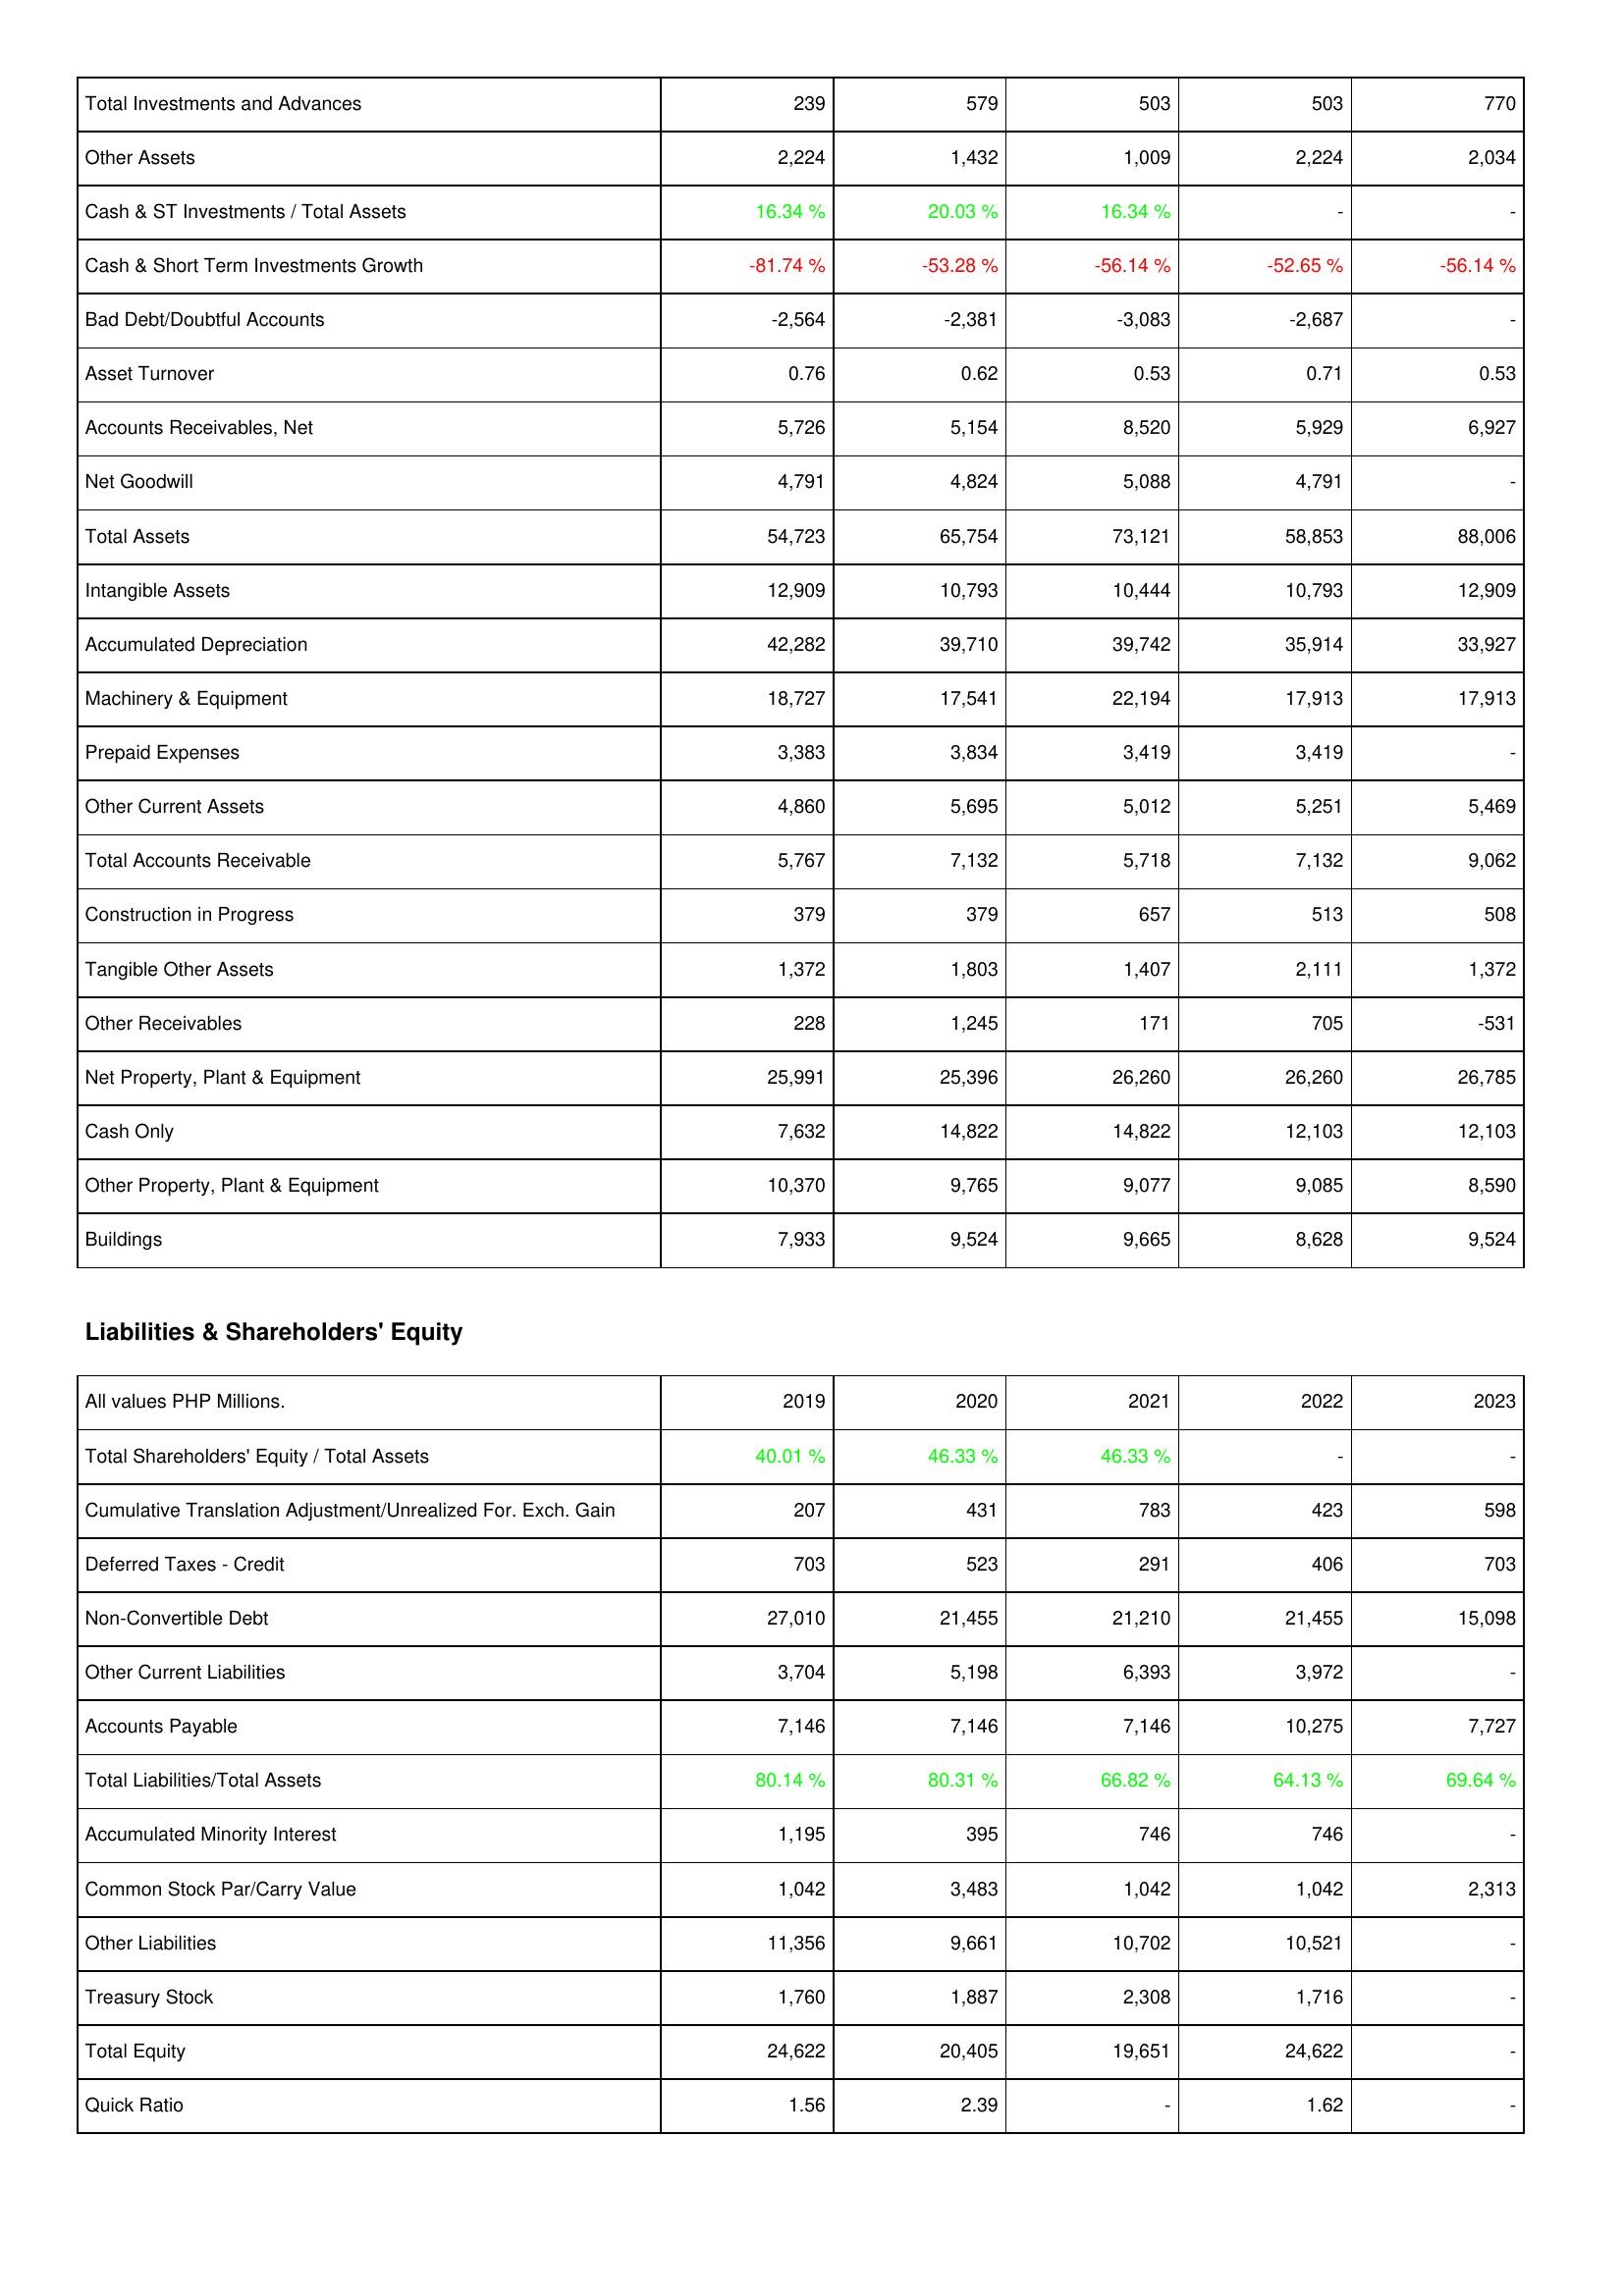
2019: Assets: Total Investments and Advances: 239
Other Assets: 2,224
Cash & ST Investments / Total Assets: 16.34 %
Cash & Short Term Investments Growth: -81.74 %
Bad Debt/Doubtful Accounts: -2,564
Asset Turnover: 0.76
Accounts Receivables, Net: 5,726
Net Goodwill: 4,791
Total Assets: 54,723
Intangible Assets: 12,909
Accumulated Depreciation: 42,282
Machinery & Equipment: 18,727
Prepaid Expenses: 3,383
Other Current Assets: 4,860
Total Accounts Receivable: 5,767
Construction in Progress: 379
Tangible Other Assets: 1,372
Other Receivables: 228
Net Property, Plant & Equipment: 25,991
Cash Only: 7,632
Other Property, Plant & Equipment: 10,370
Buildings: 7,933
Liabilities & Shareholders' Equity: Total Shareholders' Equity / Total Assets: 40.01 %
Cumulative Translation Adjustment/Unrealized For. Exch. Gain: 207
Deferred Taxes - Credit: 703
Non-Convertible Debt: 27,010
Other Current Liabilities: 3,704
Accounts Payable: 7,146
Total Liabilities/Total Assets: 80.14 %
Accumulated Minority Interest: 1,195
Common Stock Par/Carry Value: 1,042
Other Liabilities: 11,356
Treasury Stock: 1,760
Total Equity: 24,622
Quick Ratio: 1.56
2020: Assets: Total Investments and Advances: 579
Other Assets: 1,432
Cash & ST Investments / Total Assets: 20.03 %
Cash & Short Term Investments Growth: -53.28 %
Bad Debt/Doubtful Accounts: -2,381
Asset Turnover: 0.62
Accounts Receivables, Net: 5,154
Net Goodwill: 4,824
Total Assets: 65,754
Intangible Assets: 10,793
Accumulated Depreciation: 39,710
Machinery & Equipment: 17,541
Prepaid Expenses: 3,834
Other Current Assets: 5,695
Total Accounts Receivable: 7,132
Construction in Progress: 379
Tangible Other Assets: 1,803
Other Receivables: 1,245
Net Property, Plant & Equipment: 25,396
Cash Only: 14,822
Other Property, Plant & Equipment: 9,765
Buildings: 9,524
Liabilities & Shareholders' Equity: Total Shareholders' Equity / Total Assets: 46.33 %
Cumulative Translation Adjustment/Unrealized For. Exch. Gain: 431
Deferred Taxes - Credit: 523
Non-Convertible Debt: 21,455
Other Current Liabilities: 5,198
Accounts Payable: 7,146
Total Liabilities/Total Assets: 80.31 %
Accumulated Minority Interest: 395
Common Stock Par/Carry Value: 3,483
Other Liabilities: 9,661
Treasury Stock: 1,887
Total Equity: 20,405
Quick Ratio: 2.39
2021: Assets: Total Investments and Advances: 503
Other Assets: 1,009
Cash & ST Investments / Total Assets: 16.34 %
Cash & Short Term Investments Growth: -56.14 %
Bad Debt/Doubtful Accounts: -3,083
Asset Turnover: 0.53
Accounts Receivables, Net: 8,520
Net Goodwill: 5,088
Total Assets: 73,121
Intangible Assets: 10,444
Accumulated Depreciation: 39,742
Machinery & Equipment: 22,194
Prepaid Expenses: 3,419
Other Current Assets: 5,012
Total Accounts Receivable: 5,718
Construction in Progress: 657
Tangible Other Assets: 1,407
Other Receivables: 171
Net Property, Plant & Equipment: 26,260
Cash Only: 14,822
Other Property, Plant & Equipment: 9,077
Buildings: 9,665
Liabilities & Shareholders' Equity: Total Shareholders' Equity / Total Assets: 46.33 %
Cumulative Translation Adjustment/Unrealized For. Exch. Gain: 783
Deferred Taxes - Credit: 291
Non-Convertible Debt: 21,210
Other Current Liabilities: 6,393
Accounts Payable: 7,146
Total Liabilities/Total Assets: 66.82 %
Accumulated Minority Interest: 746
Common Stock Par/Carry Value: 1,042
Other Liabilities: 10,702
Treasury Stock: 2,308
Total Equity: 19,651
Quick Ratio: -
2022: Assets: Total Investments and Advances: 503
Other Assets: 2,224
Cash & ST Investments / Total Assets: -
Cash & Short Term Investments Growth: -52.65 %
Bad Debt/Doubtful Accounts: -2,687
Asset Turnover: 0.71
Accounts Receivables, Net: 5,929
Net Goodwill: 4,791
Total Assets: 58,853
Intangible Assets: 10,793
Accumulated Depreciation: 35,914
Machinery & Equipment: 17,913
Prepaid Expenses: 3,419
Other Current Assets: 5,251
Total Accounts Receivable: 7,132
Construction in Progress: 513
Tangible Other Assets: 2,111
Other Receivables: 705
Net Property, Plant & Equipment: 26,260
Cash Only: 12,103
Other Property, Plant & Equipment: 9,085
Buildings: 8,628
Liabilities & Shareholders' Equity: Total Shareholders' Equity / Total Assets: -
Cumulative Translation Adjustment/Unrealized For. Exch. Gain: 423
Deferred Taxes - Credit: 406
Non-Convertible Debt: 21,455
Other Current Liabilities: 3,972
Accounts Payable: 10,275
Total Liabilities/Total Assets: 64.13 %
Accumulated Minority Interest: 746
Common Stock Par/Carry Value: 1,042
Other Liabilities: 10,521
Treasury Stock: 1,716
Total Equity: 24,622
Quick Ratio: 1.62
2023: Assets: Total Investments and Advances: 770
Other Assets: 2,034
Cash & ST Investments / Total Assets: -
Cash & Short Term Investments Growth: -56.14 %
Bad Debt/Doubtful Accounts: -
Asset Turnover: 0.53
Accounts Receivables, Net: 6,927
Net Goodwill: -
Total Assets: 88,006
Intangible Assets: 12,909
Accumulated Depreciation: 33,927
Machinery & Equipment: 17,913
Prepaid Expenses: -
Other Current Assets: 5,469
Total Accounts Receivable: 9,062
Construction in Progress: 508
Tangible Other Assets: 1,372
Other Receivables: -531
Net Property, Plant & Equipment: 26,785
Cash Only: 12,103
Other Property, Plant & Equipment: 8,590
Buildings: 9,524
Liabilities & Shareholders' Equity: Total Shareholders' Equity / Total Assets: -
Cumulative Translation Adjustment/Unrealized For. Exch. Gain: 598
Deferred Taxes - Credit: 703
Non-Convertible Debt: 15,098
Other Current Liabilities: -
Accounts Payable: 7,727
Total Liabilities/Total Assets: 69.64 %
Accumulated Minority Interest: -
Common Stock Par/Carry Value: 2,313
Other Liabilities: -
Treasury Stock: -
Total Equity: -
Quick Ratio: -